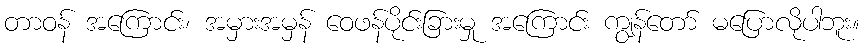
တာဝန် အကြောင်း၊ အမှားအမှန် ဝေဖန်ပိုင်းခြားမှု အကြောင်း ကျွန်တော် မပြောလိုပါဘူး။